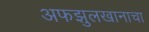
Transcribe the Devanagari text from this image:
अफझुलखानाचा